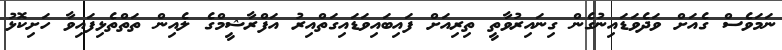
ނަމަވެސް ގެއަށް ވަދެވަޑައިނުގެން ގިނައިރުވާތީ ތިރިއަށް ފައިބައިވަޑައިގަތްއިރު އަފްރާޝީމްގެ ލެއިން ތަތްތެޅިފައިވާ ހަށިކޮޅު